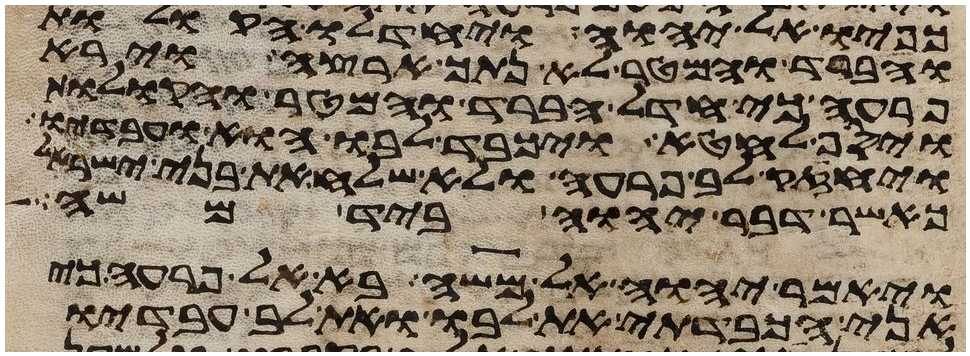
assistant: כפיו אל יהוה ויחדלו הקולות
והברד והמטר לא נתך ארצה וירא
פרעה כי חדל הברד והמטר והקולות
ויסף לחטא ויכבד לבו הוא ועבדיו
ויחזק לב פרעה ולא שלח את בני ישראל
כאשר דבר יהוה ביד משה
ויאמר יהוה אל משה בא אל פרעה כי
אני הכבדתי את לבו ואת לב עבדיו